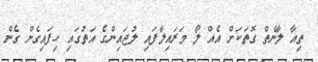
ތިއާ ލާނެތް ގޮތަކަށް އެއް ލޯ މަރައިލާފައި ލުޖައިންގެ އަތުގައި ހިފައިގެން ގެން